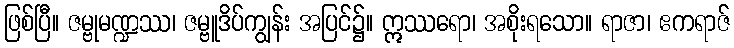
ဖြစ်ပြီ။ ဇမ္ဗုမဏ္ဍဿ၊ ဇမ္ဗူဒိပ်ကျွန်း အပြင်၌။ ဣဿရော၊ အစိုးရသော။ ရာဇာ၊ ဧကရာဇ်